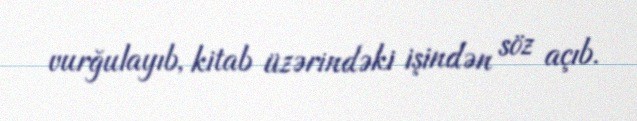
vurğulayıb, kitab üzərindəki işindən söz açıb.